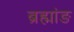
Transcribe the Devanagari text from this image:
ब्रह्मांङ